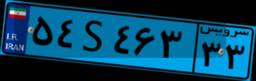
۹۷S۹۴۱۵۲